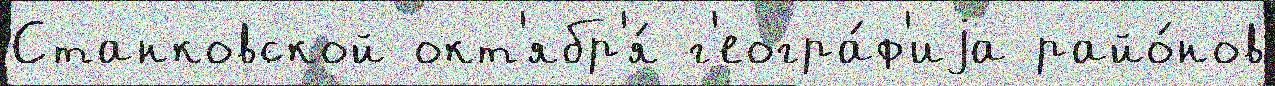
Станковской окт'ябр'я́ г'еогра́ф'иjа райо́нов